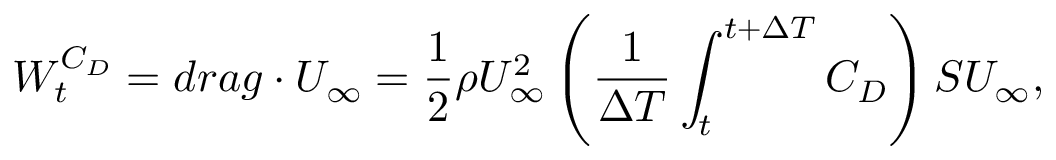
W _ { t } ^ { C _ { D } } = d r a g \cdot U _ { \infty } = \frac { 1 } { 2 } \rho U _ { \infty } ^ { 2 } \left( \frac { 1 } { \Delta T } \int _ { t } ^ { t + \Delta T } C _ { D } \right) S U _ { \infty } ,